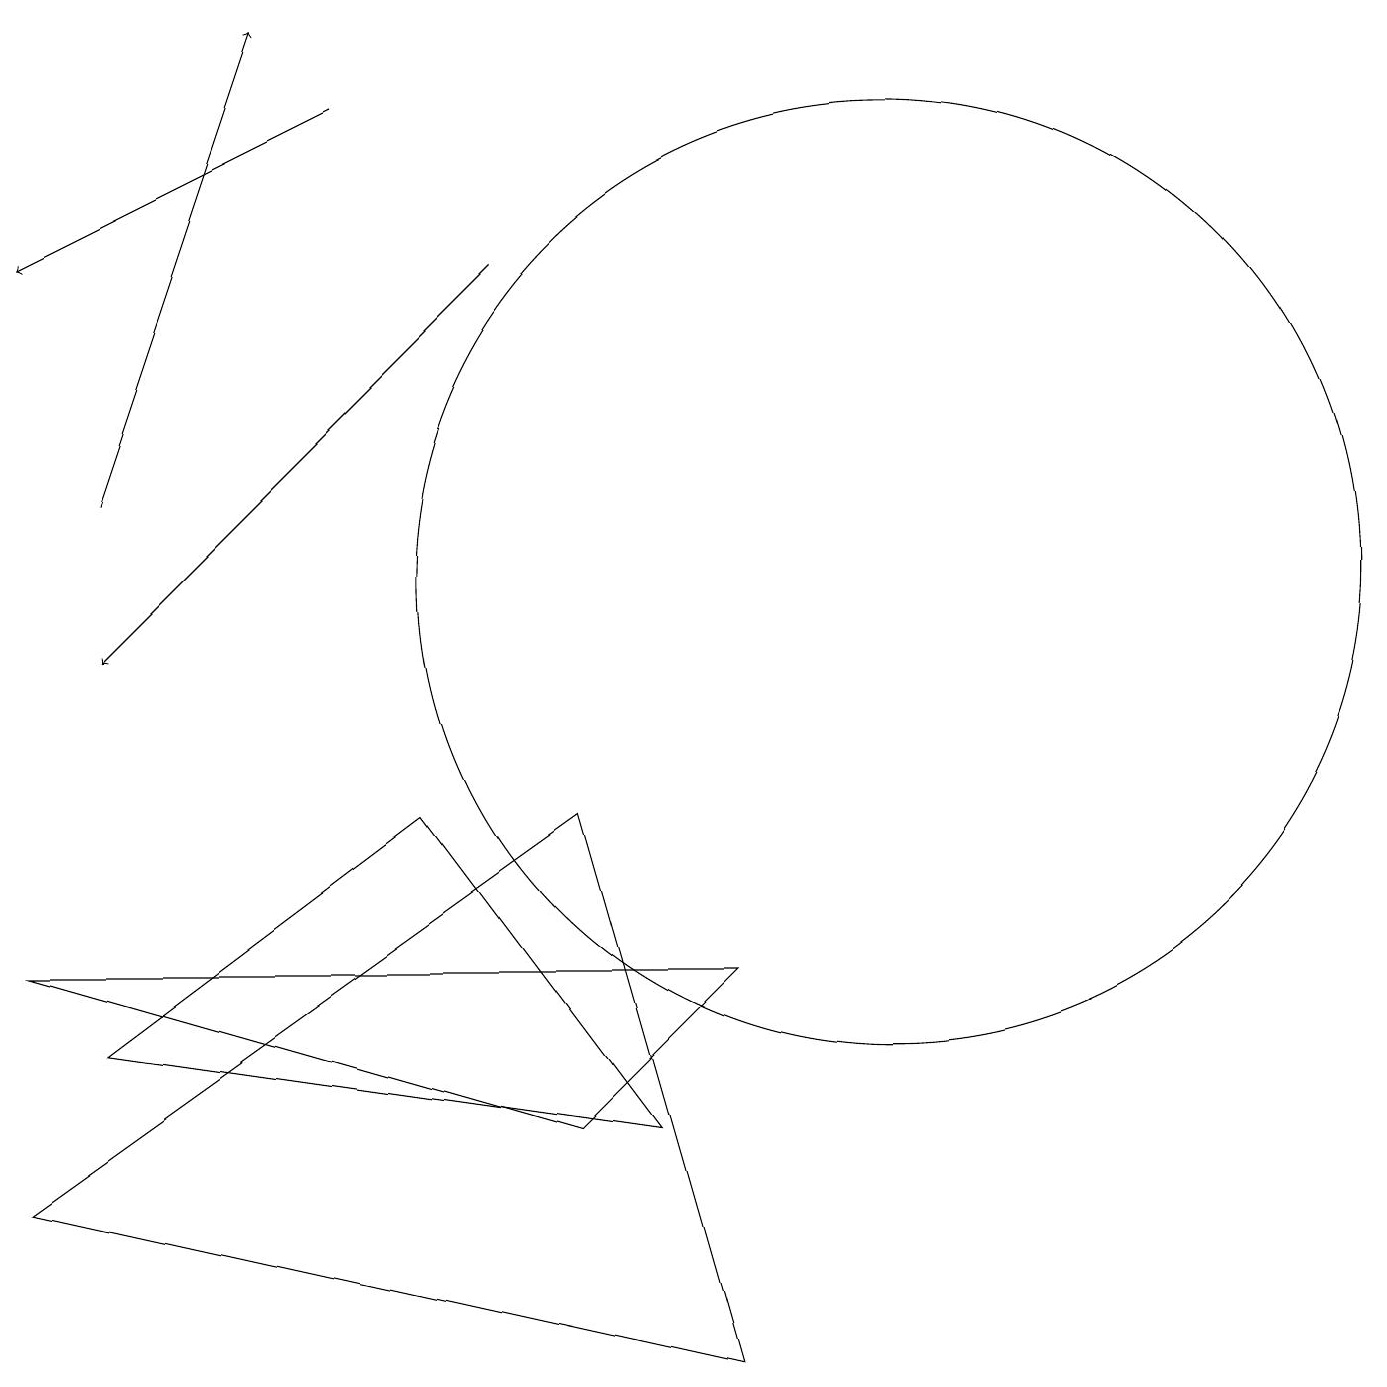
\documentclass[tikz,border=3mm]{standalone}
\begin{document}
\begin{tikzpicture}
\draw[->] (1,12) -- (3,18);
\draw (0,3) -- (7,8) -- (9,1) -- cycle;
\draw[->] (6,15) -- (1,10);
\draw (8,4) -- (1,5) -- (5,8) -- cycle;
\draw[->] (4,17) -- (0,15);
\draw (0,6) -- (9,6) -- (7,4) -- cycle;
\draw (11,11) circle (6);
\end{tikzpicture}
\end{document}